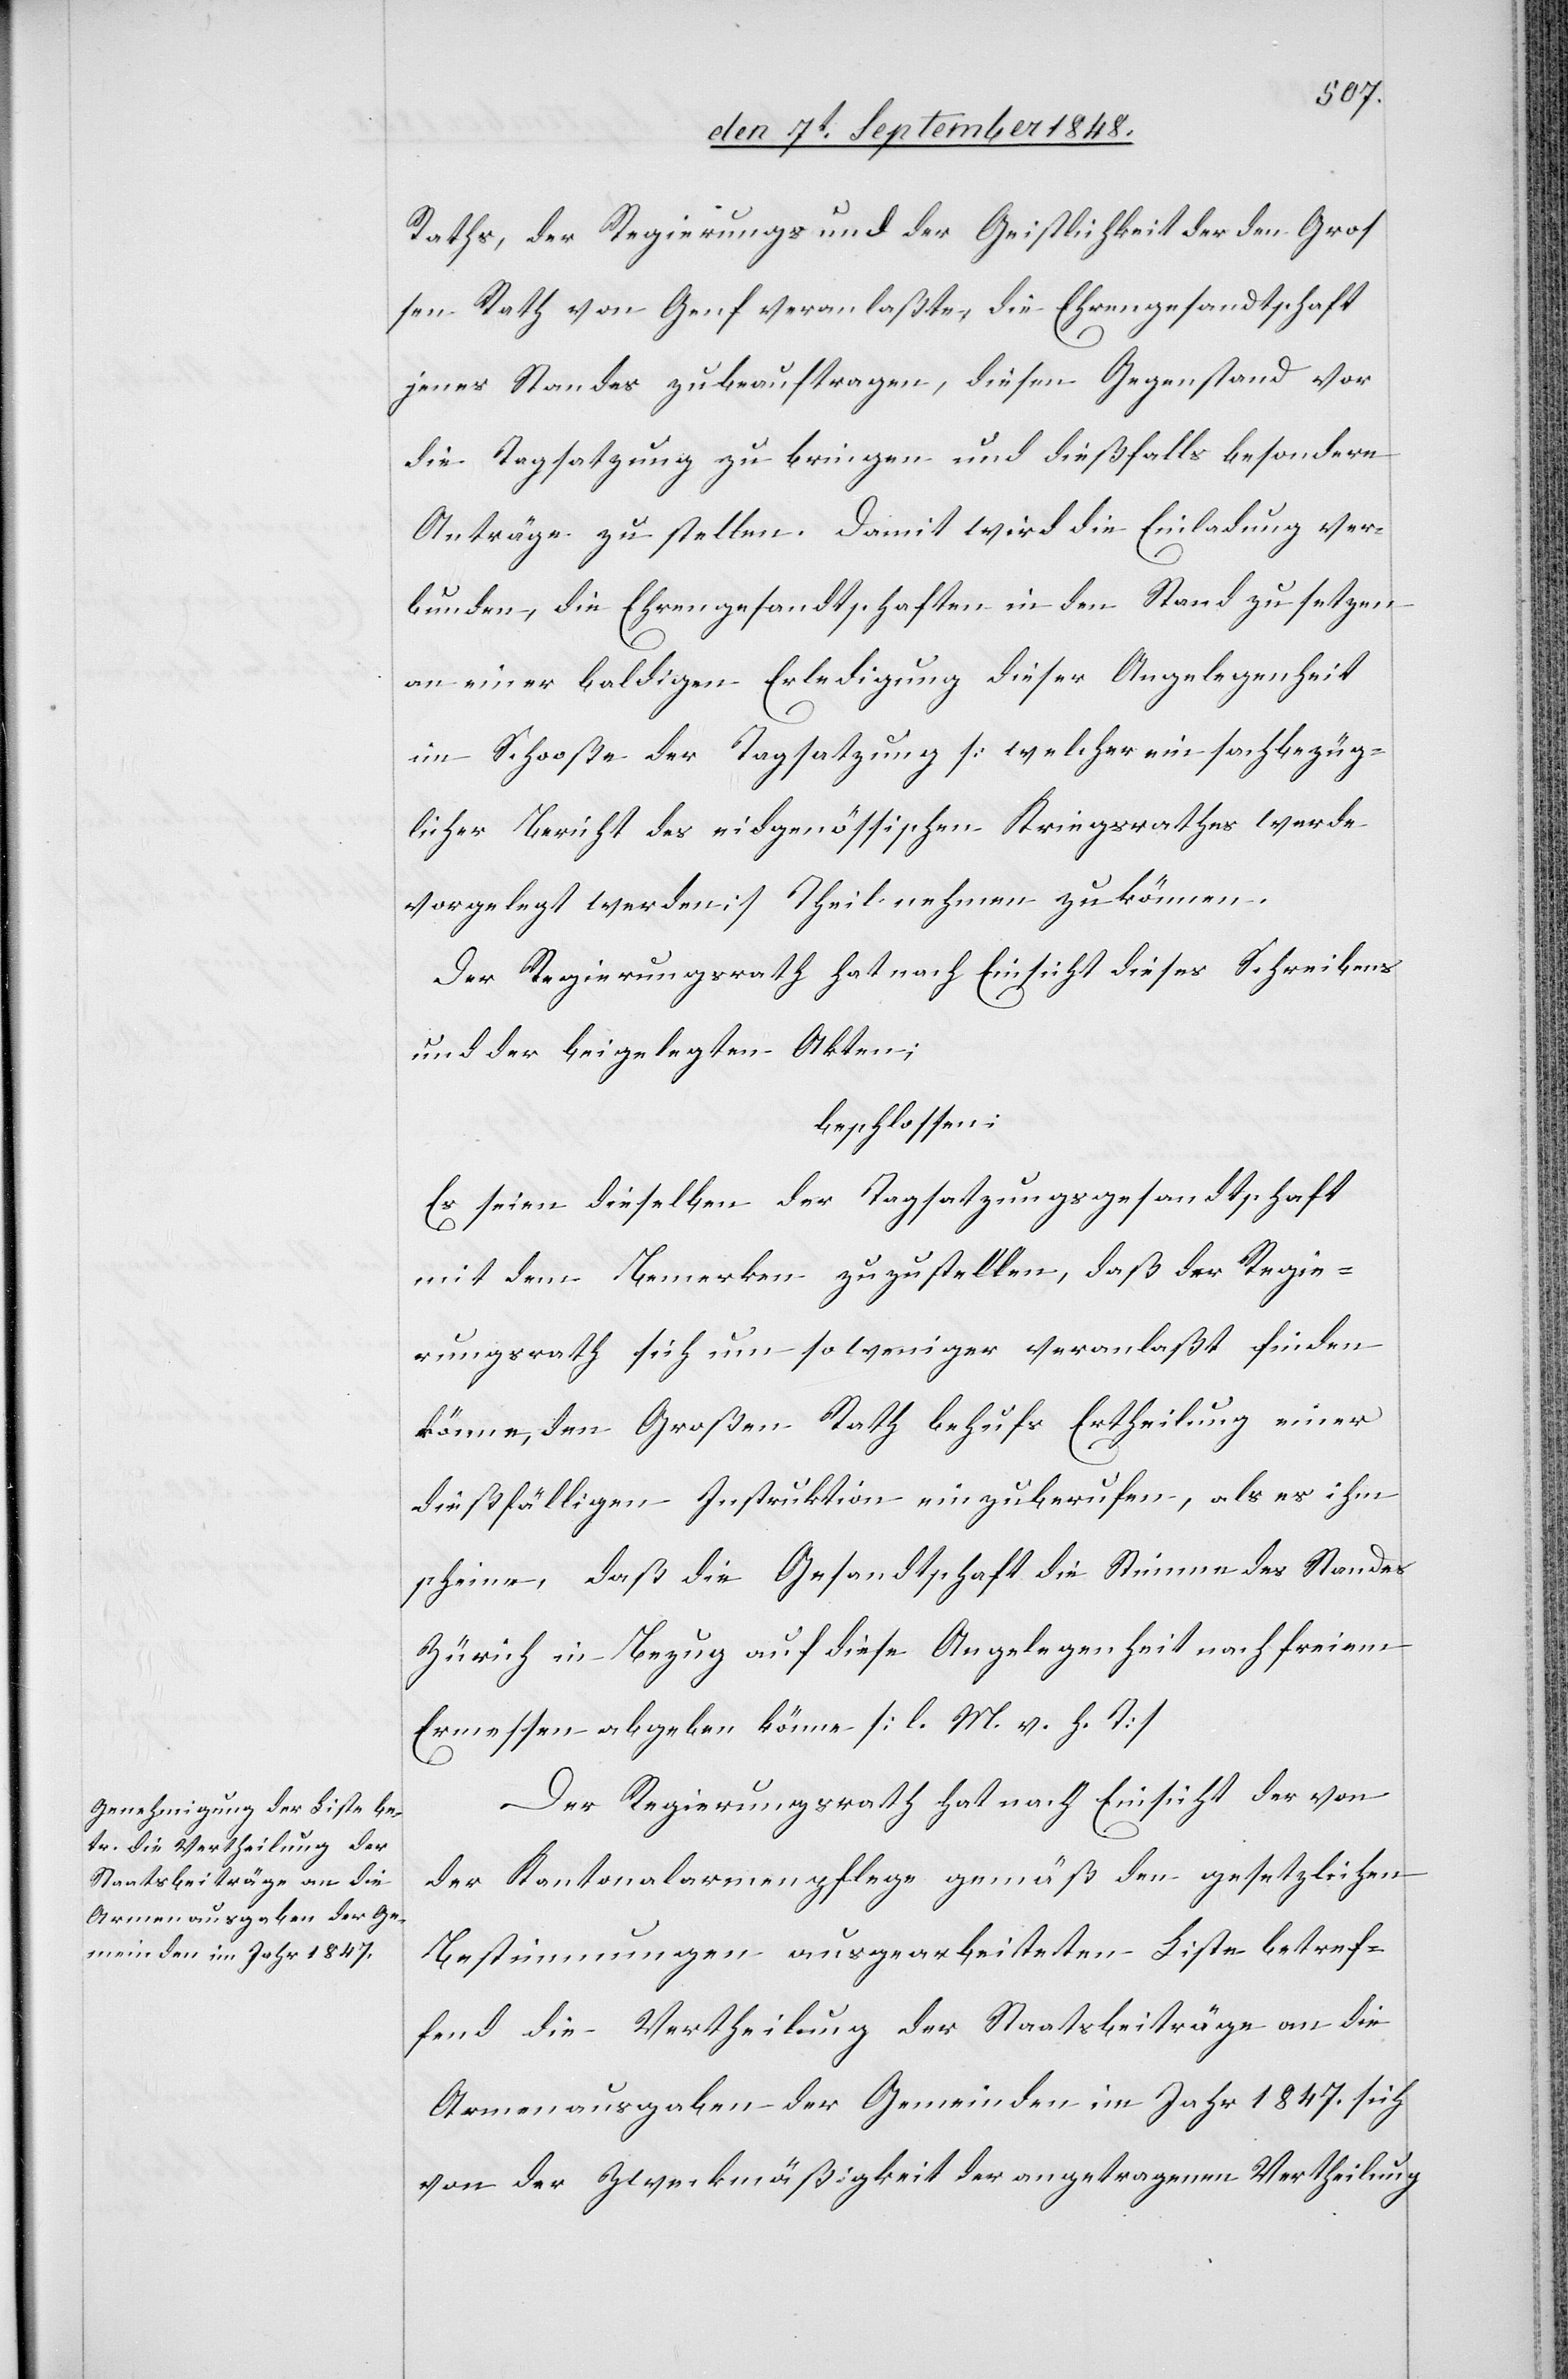
Rathes, der Regierungs und der Geistlichkeit der den Groß¬
en Rath von Genf veranlaßte, die Ehrengesandtschaft
jenes Standes zu beauftragen, diesen Gegenstand vor
die Tagsatzung zu bringen und dießfalls besondere
Anträge zu stellen. Damit wird die Einladung ver¬
bunden, die Ehrengesandtschaften in den Stand zu setzen
an einer baldigen Erledigung dieser Angelegenheit
im Schooße der Tagsatzung [welcher ein sachbezüg¬
licher Bericht des eidgenössischen Kriegsrathes werde
vorgelegt werden] Theil nehmen zu können.
Der Regierungsrath hat nach Einsicht dieses Schreibens
und der beigelegten Akten;
beschlossen:
Es seien dieselben der Tagsatzungsgesandtschaft
mit dem Bemerken zuzustellen, daß der Regie¬
rungsrath sich um so weniger veranlaßt finden
könne, den Großen Rath behufs Ertheilung einer
dießfälligen Instruktion einzuberufen, als es ihm
scheine, daß die Gesandtschaft die Stimme des Standes
Zürich in Bezug auf diese Angelegenheit nach freiem
Ermessen abgeben könne. [l. M. v. h. T]
Der Regierungsrath hat nach Einsicht der von
der Kantonalarmenpflege gemäß den gesetzlichen
Bestimmungen ausgearbeiteten Liste betref¬
fend die Vertheilung der Staatsbeiträge an die
Armenausgaben der Gemeinden im Jahr 1847. sich
von der Zweckmäßigkeit der angetragenen Vertheilung